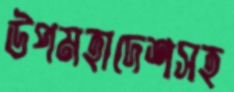
উপমহাদেশসহ